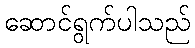
ဆောင်ရွက်ပါသည်